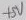
Text: +5V